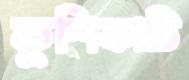
কুশিকাটি